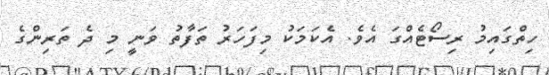
ހިތްގައިމު ރިސޯޓެއްގަ އެވެ. އެކަމަކު މިފަހަރު ތަފާތު ވަނީ މި ދެ ތަރިންގެ